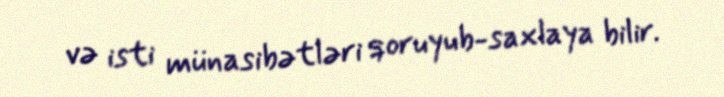
və isti münasibətləri qoruyub-saxlaya bilir.